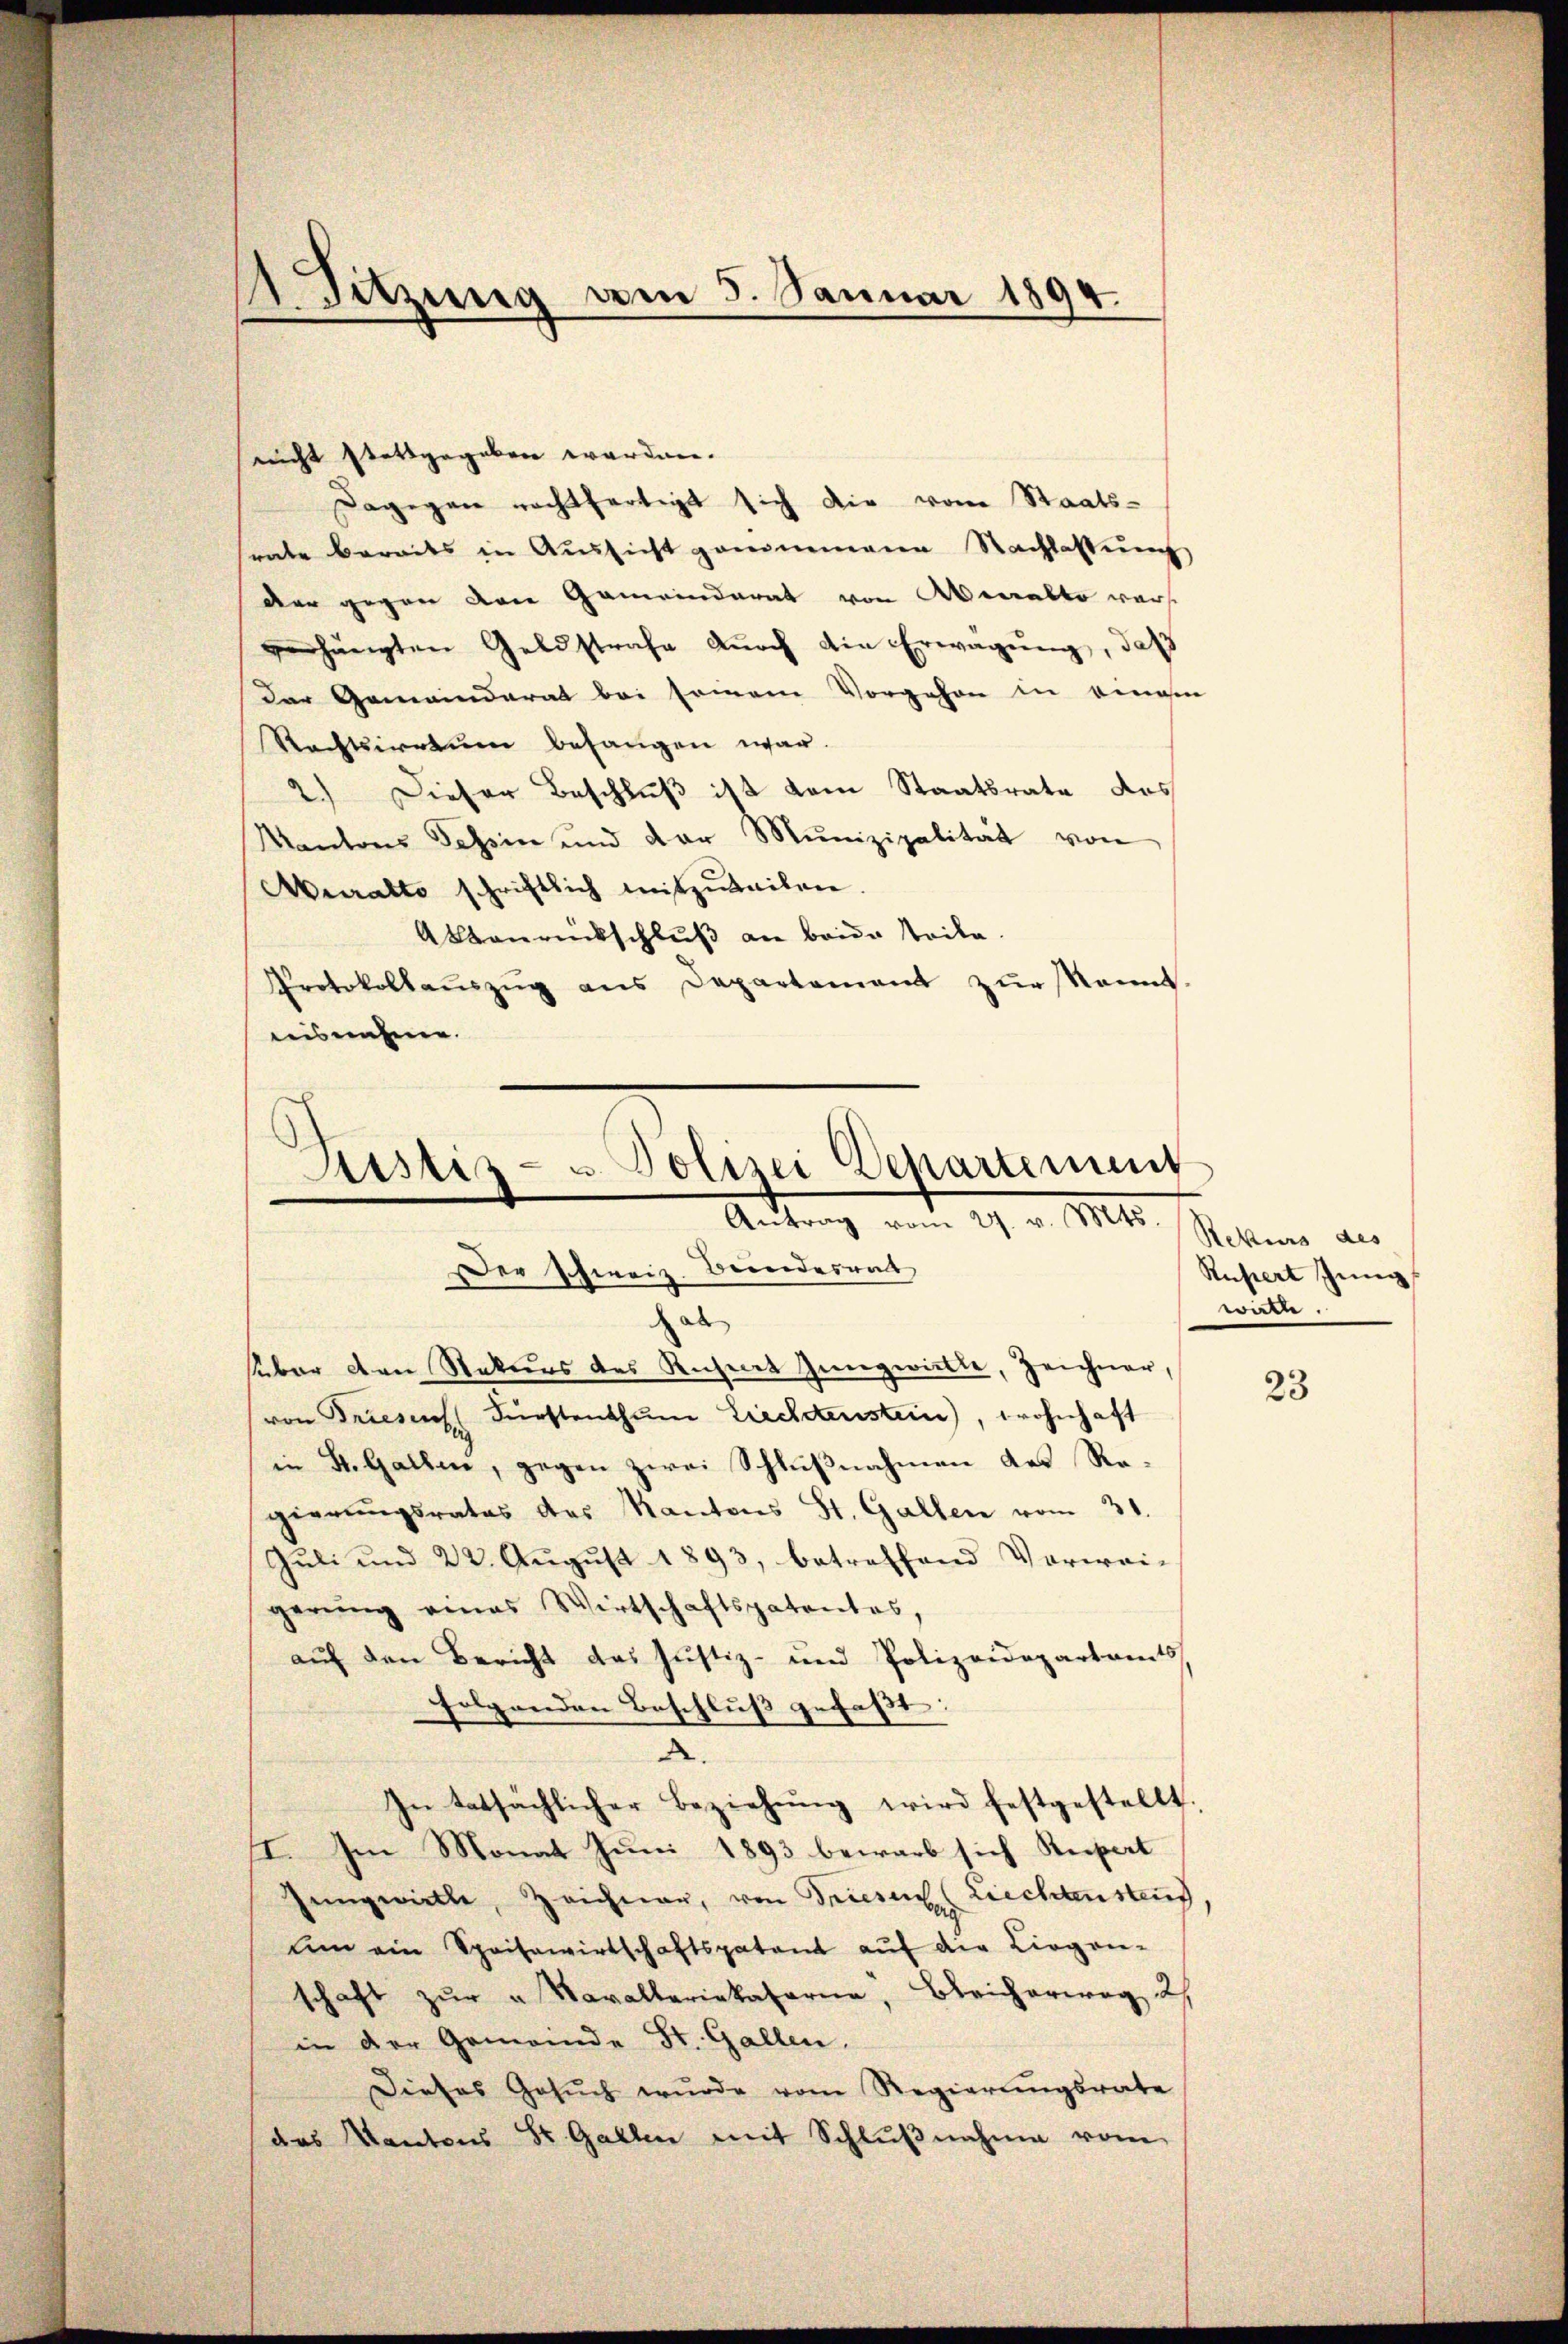
Sitzung am 5. Januar 1894.

nicht stattgegeben werden.
Dagegen rechtfertigt sich die von Staats-
srate bereits in Aussicht genommene Nachlassung
der gegen den Gemeinderat von Aberalto wars
verhängten Geldstrafe dŭrch die Erwägŭng, daß
der Gemeinderat bei seinem Vorgehen in einem
Rechtsirrtum befangen war.
2.) Dieser Beschluß ist dem Staatsrate das
Kantons Tessin und der Munizipalität von
Auralto schriftlich mitzŭteilen.
Abbaurückschluß an beide teile.
Protokollaŭszŭg ans Departement zŭr kannt.
isnahme.

Lister- u Polizei Departement
Antrag vom 27. v. Mts.
Der Schweiz. Bundesrat

a
eber den Rekurs des Rechnet Jungwirkte, Zeichner,
von Trieses Fürstenthum Liechenstein), wohnhaft
in St. Gallen, gegen zwei Schlußnahmen des Regierŭngsrates das Kantons St. Gallen vom 31.
Juli und 22. August 1893, betreffend Vorwei-
gerŭng eines Wirtschaftspatentes,
auf den Bericht das Justiz- und Polizeidepartamts
folgenden Beschluß gefaßt:
.
In tatsächlicher Beziehung wird festgestellt.
I. Im Monat Juni 1893 bewarb sich Stepart
Jungwielle, Zeichner, von Triesen (Liechtenstand
ŭm ein Speisewirtschaftspatent aŭf die Liegen-
schaft zŭr " Navalleriekataria, Bleicherweg 2.
in der Gemeinde St. Gallen.
Dieses Gesŭch wurde vom Regierŭngsrate
das Kantons St. Gallen mit Schlŭβnahme vom

Rekurs des
Rupiert Jung
wirkte.

23